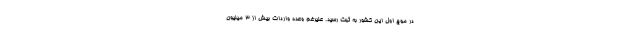
در موج اول این کشور به ثبت رسید. علیرغم وعده واردات بیش از ۳ میلیون